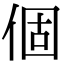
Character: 個